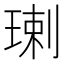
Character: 㻝